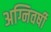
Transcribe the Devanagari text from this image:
अग्निवर्षी